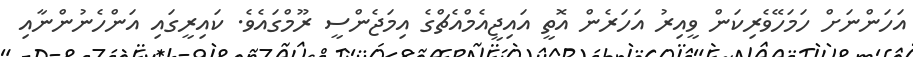
އަހަންނަށް ހަމަހޭވެރިކަން ވީއިރު އަހަރެން އޮތީ އައިޖީއެމްއެޗްގެ އިމަޖެންސީ ރޫމްގައެވެ. ކައިރީގައި އަންހެނުންނާއި